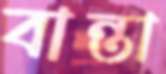
বান্তা